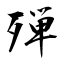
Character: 殚